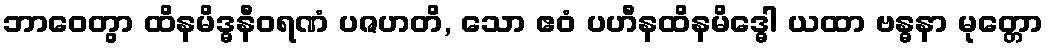
ဘာဝေတွာ ထိနမိဒ္ဓနီဝရဏံ ပဇဟတိ, သော ဧဝံ ပဟီနထိနမိဒ္ဓေါ ယထာ ဗန္ဓနာ မုတ္တော